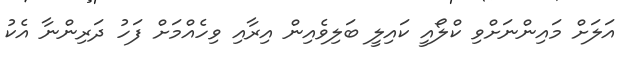
އަލަށް މަައިންނަށްވި ކްލޯއީ ކައިލީ ބަލިވެއިން އިރާއި ވިހެއްމަށް ފަހު ދަރިންނާ އެކު